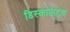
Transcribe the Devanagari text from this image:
डिस्काऊंट्स